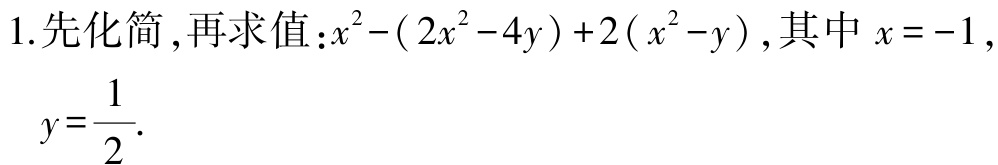
1.先化简,再求值：$x^{2}-(2x^{2}-4y)+2(x^{2}-y)$，其中$x = -1$，

$y=\dfrac{1}{2}$.